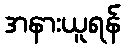
အနားယူရန်